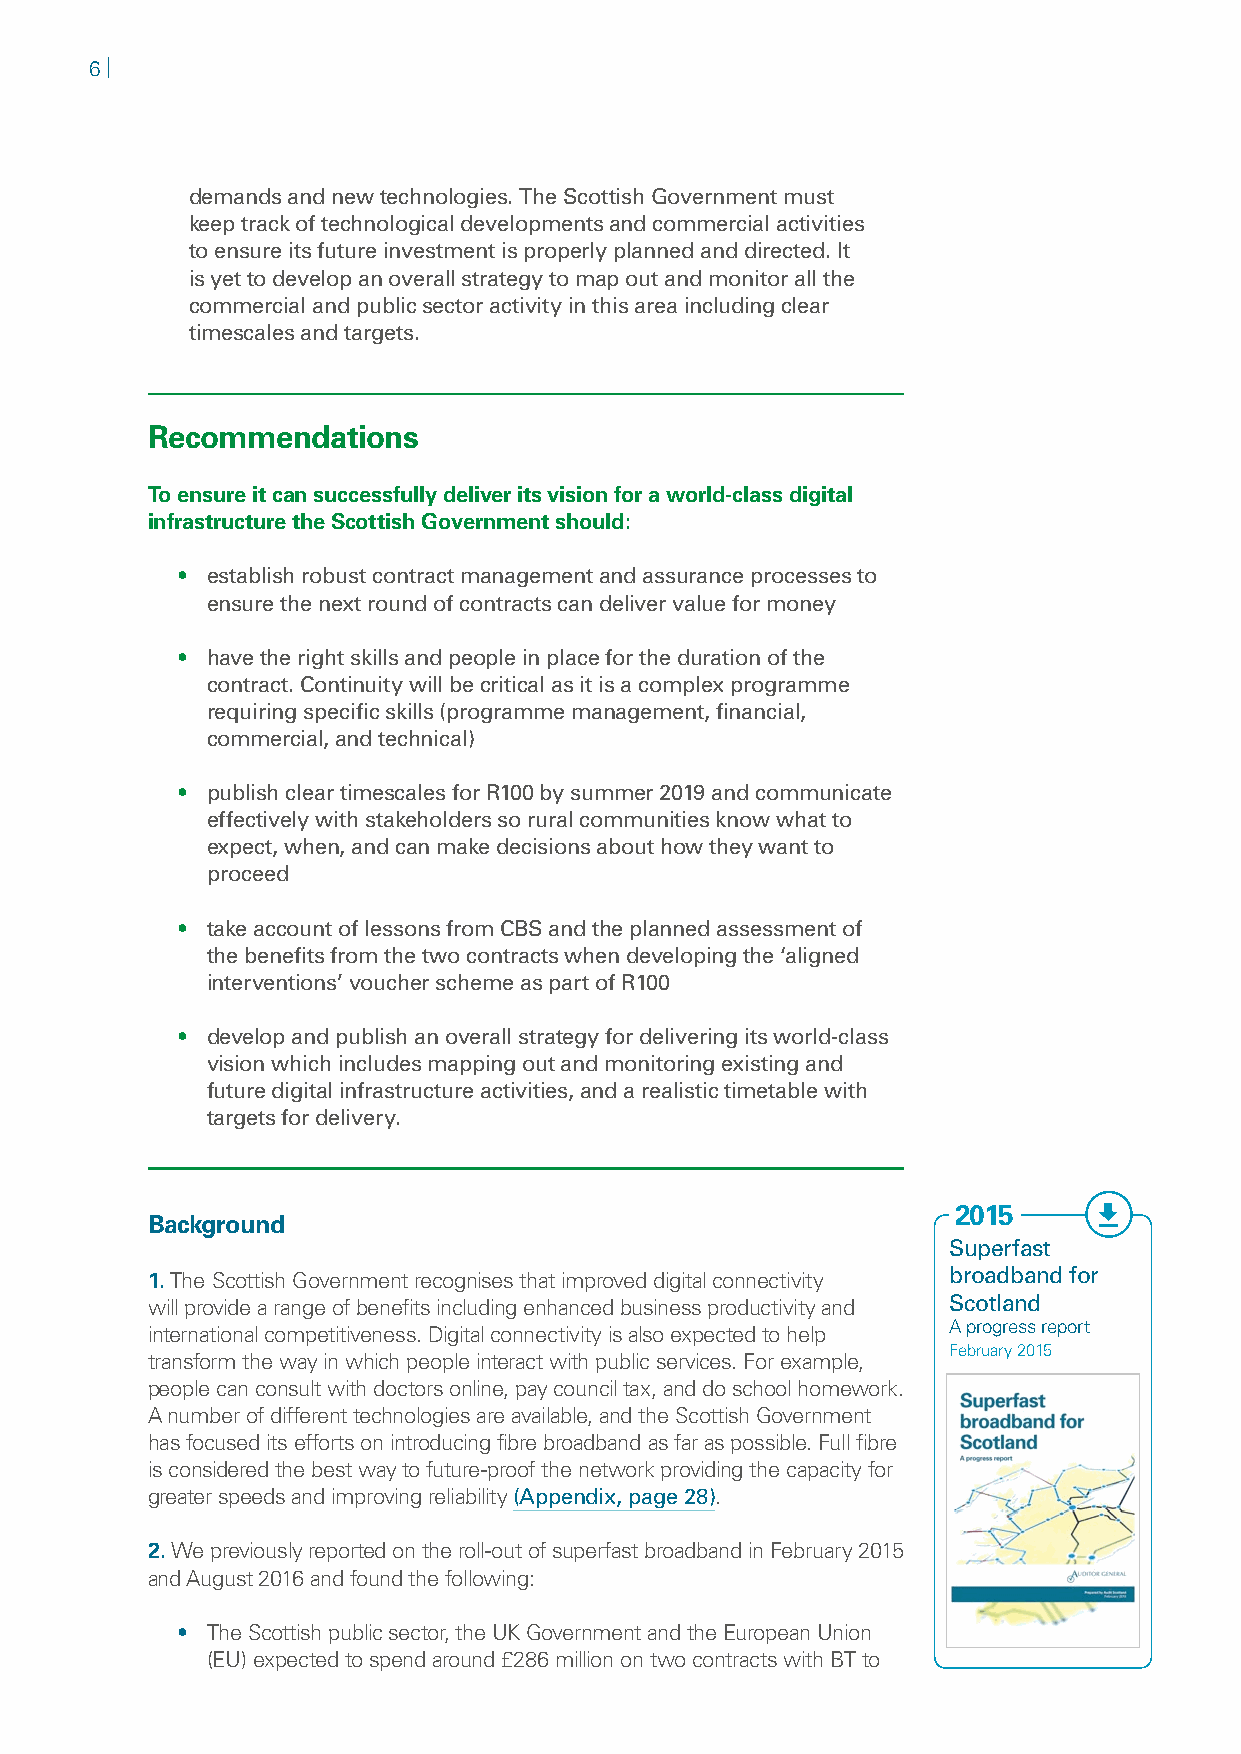
6 |
 demands and new technologies. The Scottish Government must
 keep track of technological developments and commercial activities
 to ensure its future investment is properly planned and directed. It
 is yet to develop an overall strategy to map out and monitor all the
 commercial and public sector activity in this area including clear
 timescales and targets.
 Recommendations
 To ensure it can successfully deliver its vision for a world-class digital
 infrastructure the Scottish Government should:
 • establish robust contract management and assurance processes to
 ensure the next round of contracts can deliver value for money
 • have the right skills and people in place for the duration of the
 contract. Continuity will be critical as it is a complex programme
 requiring specific skills (programme management, financial,
 commercial, and technical)
 • publish clear timescales for R100 by summer 2019 and communicate
 effectively with stakeholders so rural communities know what to
 expect, when, and can make decisions about how they want to
 proceed
 • take account of lessons from CBS and the planned assessment of
 the benefits from the two contracts when developing the ‘aligned
 interventions’ voucher scheme as part of R100
 • develop and publish an overall strategy for delivering its world-class
 vision which includes mapping out and monitoring existing and
 future digital infrastructure activities, and a realistic timetable with
 targets for delivery.
 2015
 Background
 Superfast
 1.The Scottish Government recognises that improved digital connectivity broadband for
 will provide a range of benefits including enhanced business productivity and Scotland
 international competitiveness. Digital connectivity is also expected to help A progress report
 February 2015
 transform the way in which people interact with public services. For example,
 people can consult with doctors online, pay council tax, and do school homework.
 A number of different technologies are available, and the Scottish Government
 has focused its efforts on introducing fibre broadband as far as possible. Full fibre
 is considered the best way to future-proof the network providing the capacity for
 greater speeds and improving reliability (Appendix, page 28).
 2.We previously reported on the roll-out of superfast broadband in February 2015
 and August 2016 and found the following:
 • The Scottish public sector, the UK Government and the European Union
 (EU) expected to spend around £286 million on two contracts with BT to